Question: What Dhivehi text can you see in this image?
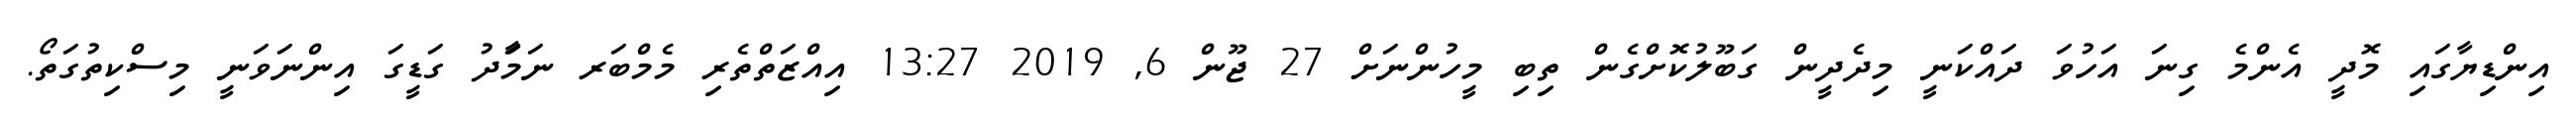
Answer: އިންޑިޔާގައި މޮދީ އެންމެ ގިނަ އަހުވަ ދައްކަނީ މިދެދީން ގަބޫލުކޮށްގެން ތިބި މީހުންނަށް 27 ޖޫން 6, 2019 13:27 އިއްޒަތްތެރި މެމްބަރ ނަމަާދު ގަޑީގަ އިންނަވަނީ މިސްކިތުގަތޯ.